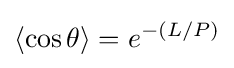
\langle \cos {\theta }\rangle =e^{-(L/P)}